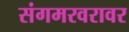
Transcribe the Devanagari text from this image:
संगमरवरावर